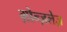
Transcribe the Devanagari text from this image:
ग़ोन्ज़लेज़